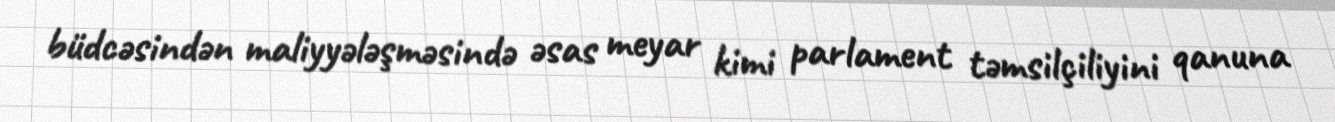
büdcəsindən maliyyələşməsində əsas meyar kimi parlament təmsilçiliyini qanuna